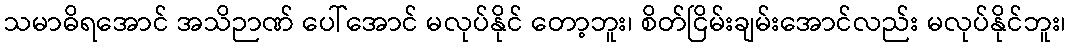
သမာဓိရအောင် အသိဉာဏ် ပေါ်အောင် မလုပ်နိုင် တော့ဘူး၊ စိတ်ငြိမ်းချမ်းအောင်လည်း မလုပ်နိုင်ဘူး၊